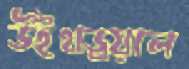
উইথড্রয়াল